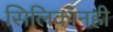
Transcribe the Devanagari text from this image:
सिलिकॉनही